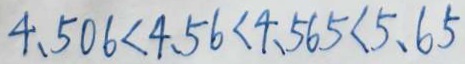
4 . 5 0 6 < 4 . 5 6 < 4 . 5 6 5 < 5 . 6 5